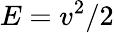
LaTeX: E=v^{2}/2